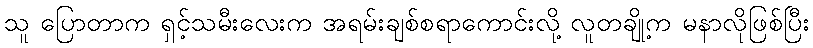
သူ ပြောတာက ရှင့်သမီးလေးက အရမ်းချစ်စရာကောင်းလို့ လူတချို့က မနာလိုဖြစ်ပြီး